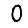
Digit: 0